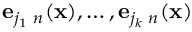
{ \bf e } _ { j _ { 1 } \, \, n } ( { \bf x } ) , \ldots , { \bf e } _ { j _ { k } \, \, n } ( { \bf x } )